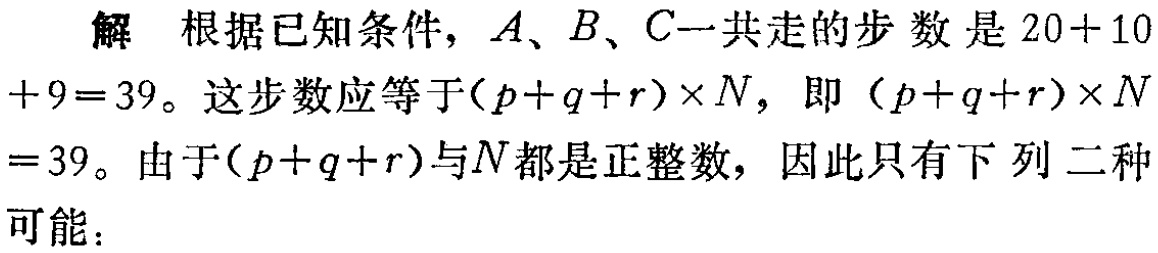
解 根据已知条件，\(A\)、\(B\)、\(C\)一共走的步数是\(20 + 10+ 9 = 39\)。这步数应等于\((p + q + r)\times N\)，即 \((p + q + r)\times N= 39\)。由于\((p + q + r)\)与\(N\)都是正整数，因此只有下列二种可能：